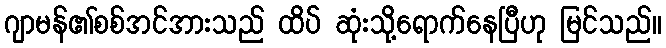
ဂျာမန်၏စစ်အင်အားသည် ထိပ် ဆုံးသို့ရောက်နေပြီဟု မြင်သည်။